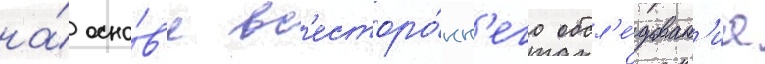
на́ осно́в'е вс'есторо́нн'его обсл'е́дован'иа